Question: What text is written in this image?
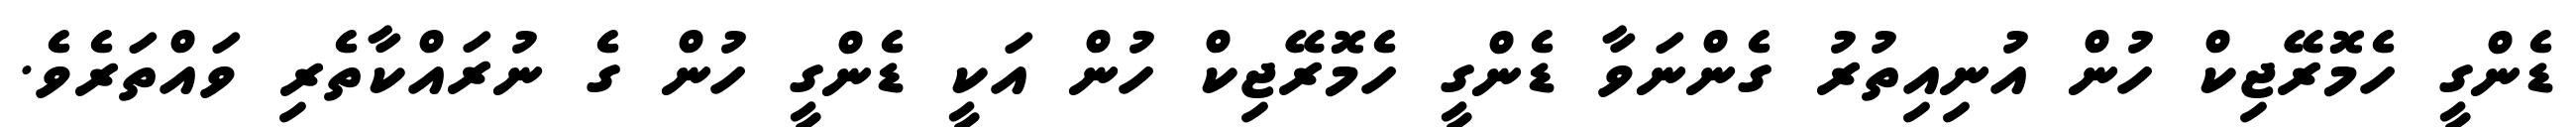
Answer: ޑެންގީ ހެމޮރޭޖިކް ހުން އުނިއިތުރު ގެންނަވާ ޑެންގީ ހެމޮރޭޖިކް ހުން އަކީ ޑެންގީ ހުން ގެ ނުރައްކާތެރި ވައްތަރެވެ.